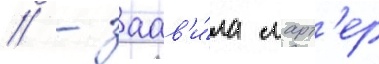
/ - заав'и́ла ларт'ер